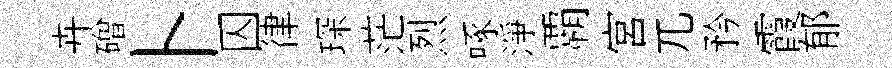
卉磳卜囚律琛茫烈啄淨覇宫兀矜霞郁